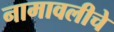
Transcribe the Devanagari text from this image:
नामावलीचे